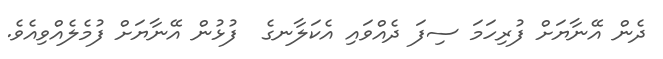
ދެން އޭނާޔަށް ފުރިހަމަ ސިފަ ދެއްވައި އެކަލާނގެ  ފުޅުން އޭނާޔަށް ފުމެލެއްވިއެވެ.